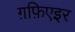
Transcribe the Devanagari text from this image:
ग़फ़िएइर